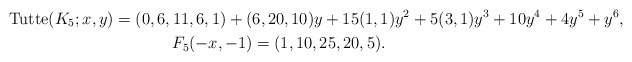
\begin{gather*}{\rm Tutte}(K_5;x,y)= (0,6,11,6,1)+(6,20, 10) y+ 15(1,1) y^2+ 5(3,1) y^3 +10 y^4+4 y^5+y^6,\\F_5(-x,- 1)= (1,10,25,20,5).\end{gather*}